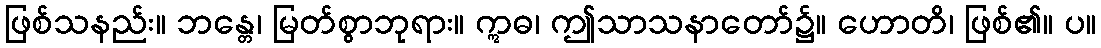
ဖြစ်သနည်း။ ဘန္တေ၊ မြတ်စွာဘုရား။ ဣဓ၊ ဤသာသနာတော်၌။ ဟောတိ၊ ဖြစ်၏။ ပ။